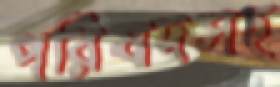
পরিষদসহ